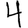
Digit: 4